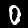
Label: 0